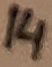
Text: 14